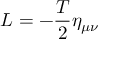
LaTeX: L = - \frac T 2 \eta _ { \mu \nu }